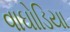
વાઘોડિયા